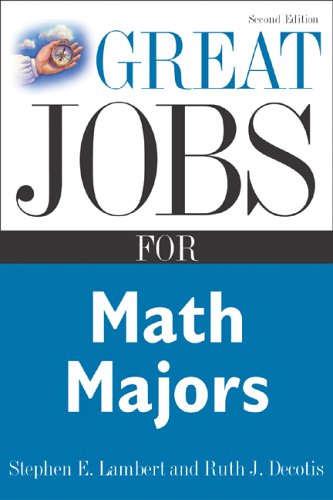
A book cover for Great Jobs for Math Majors, Second ed. (Great Jobs ForÃ¢| Series); Stephen Lambert; Science & Math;